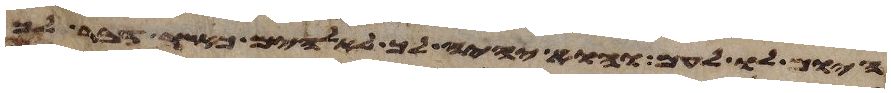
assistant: היום לו לעם והוא יהיה לך לאלהים כאשר דבר לך